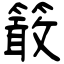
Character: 𥴊